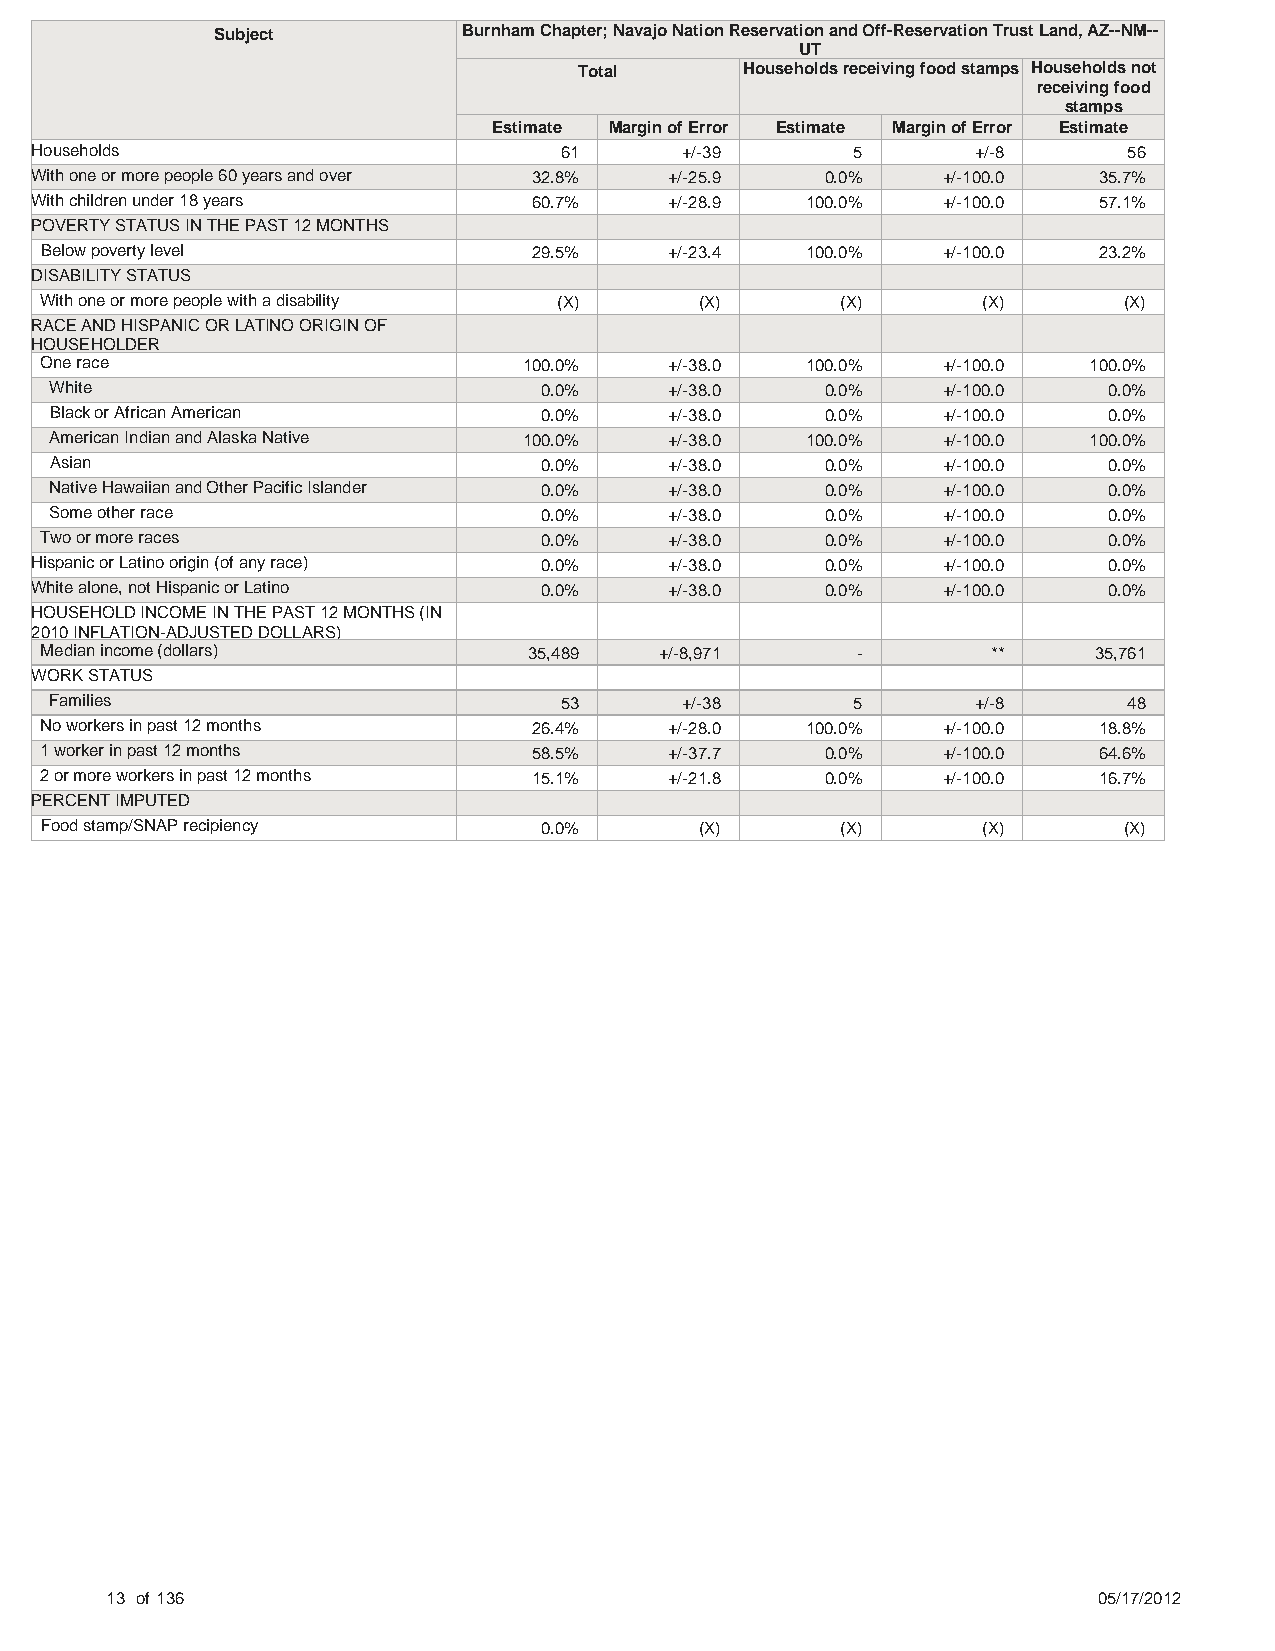
Subject          Burnham Chapter; Navajo Nation Reservation and Off-Reservation Trust Land, AZ--NM--
 UT
 Total      Households receiving food stamps Households not
 receiving food
 stamps
 Estimate Margin of Error Estimate Margin of Error Estimate
 Households                         61      +/-39      5        +/-8      56
 With one or more people 60 years and over 32.8% +/-25.9 0.0% +/-100.0  35.7%
 With children under 18 years     60.7%    +/-28.9  100.0%   +/-100.0   57.1%
 POVERTY STATUS IN THE PAST 12 MONTHS
 Below poverty level             29.5%    +/-23.4  100.0%   +/-100.0   23.2%
 DISABILITY STATUS
 With one or more people with a disability (X) (X)    (X)      (X)      (X)
 RACE AND HISPANIC OR LATINO ORIGIN OF
 HOUSEHOLDER
 One race                        100.0%   +/-38.0  100.0%   +/-100.0  100.0%
 White                            0.0%    +/-38.0    0.0%   +/-100.0   0.0%
 Black or African American        0.0%    +/-38.0    0.0%   +/-100.0   0.0%
 American Indian and Alaska Native 100.0% +/-38.0  100.0%   +/-100.0  100.0%
 Asian                            0.0%    +/-38.0    0.0%   +/-100.0   0.0%
 Native Hawaiian and Other Pacific Islander 0.0% +/-38.0 0.0% +/-100.0 0.0%
 Some other race                  0.0%    +/-38.0    0.0%   +/-100.0   0.0%
 Two or more races                0.0%    +/-38.0    0.0%   +/-100.0   0.0%
 Hispanic or Latino origin (of any race) 0.0% +/-38.0 0.0%   +/-100.0   0.0%
 White alone, not Hispanic or Latino 0.0%  +/-38.0    0.0%   +/-100.0   0.0%
 HOUSEHOLD INCOME IN THE PAST 12 MONTHS (IN
 2010 INFLATION-ADJUSTED DOLLARS)
 Median income (dollars)         35,489   +/-8,971     -        **    35,761
 WORK STATUS
 Families                          53      +/-38      5        +/-8      48
 No workers in past 12 months    26.4%    +/-28.0  100.0%   +/-100.0   18.8%
 1 worker in past 12 months      58.5%    +/-37.7    0.0%   +/-100.0   64.6%
 2 or more workers in past 12 months 15.1% +/-21.8   0.0%   +/-100.0   16.7%
 PERCENT IMPUTED
 Food stamp/SNAP recipiency       0.0%      (X)       (X)      (X)      (X)
 13 of 136                                                         05/17/2012